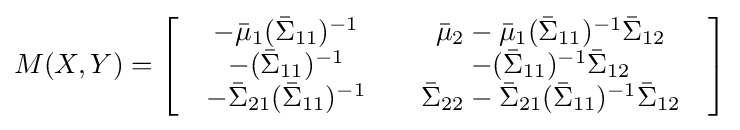
M(X,Y)=\left[{\begin{array}{*{20}c}{\begin{array}{*{20}c}{-{\bar {\mu }}_{1}({\bar {\Sigma }}_{11})^{-1}}\\{-({\bar {\Sigma }}_{11})^{-1}}\\{-{\bar {\Sigma }}_{21}({\bar {\Sigma }}_{11})^{-1}}\\\end{array}}&{\begin{array}{*{20}c}{{\bar {\mu }}_{2}-{\bar {\mu }}_{1}({\bar {\Sigma }}_{11})^{-1}{\bar {\Sigma }}_{12}}\\{-({\bar {\Sigma }}_{11})^{-1}{\bar {\Sigma }}_{12}}\\{{\bar {\Sigma }}_{22}-{\bar {\Sigma }}_{21}({\bar {\Sigma }}_{11})^{-1}{\bar {\Sigma }}_{12}}\\\end{array}}\\\end{array}}\right]